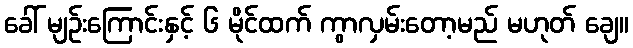
ခေါ် မျဉ်းကြောင်းနှင့် ၆ မိုင်ထက် ကွာလှမ်းတော့မည် မဟုတ် ချေ။